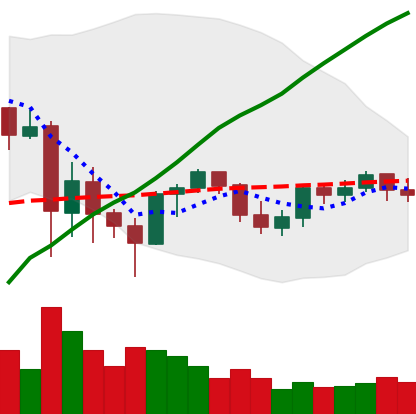
Ticker: ETH-USD
Chart end date: 2021-06-05
Forward return: -6.047%
Label: down_5_7